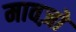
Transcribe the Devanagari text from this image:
मावज़ो